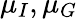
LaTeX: \mu_{I},\mu_{G}